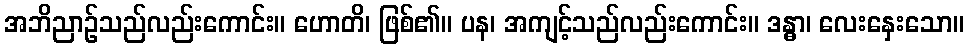
အဘိညာဉ်သည်လည်းကောင်း။ ဟောတိ၊ ဖြစ်၏။ ပန၊ အကျင့်သည်လည်းကောင်း။ ဒန္ဓာ၊ လေးနှေးသော။